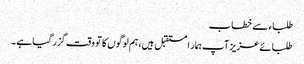
طلباء سے خطاب
طلبائے عزیز آپ ہمار ا مستقبل ہیں، ہم لوگوں کا تو وقت گزر گیا ہے ۔